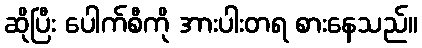
ဆိုပြီး ပေါက်စီကို အားပါးတရ စားနေသည်။